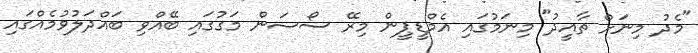
"މެދު މިނަށް ތާއީދު" މިނަމުގައި އެމްޑީޕީން މިރޭ ސޯސަން މަގުގައި ބޭއްވި ބައްދަލުވުމެއްގައި